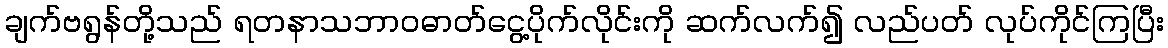
ချက်ဗရွန်တို့သည် ရတနာသဘာဝဓာတ်ငွေ့ပိုက်လိုင်းကို ဆက်လက်၍ လည်ပတ် လုပ်ကိုင်ကြပြီး